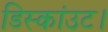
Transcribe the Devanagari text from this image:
डिस्कांउट।